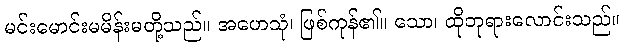
မင်းမောင်းမမိန်းမတို့သည်။ အဟေသုံ၊ ဖြစ်ကုန်၏။ သော၊ ထိုဘုရားလောင်းသည်။